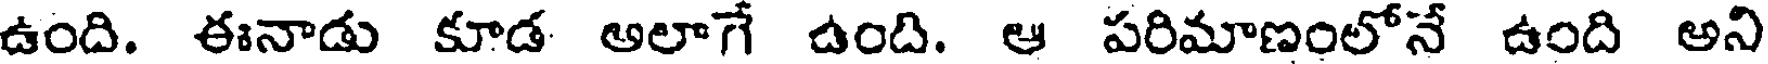
ఉంది. ఈనాడు కూడ అలాగే ఉంది. ఆ పరిమాణంలోనే ఉంది అని